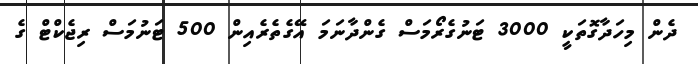
ދެން މިހަދާގޮތަކީ 3000 ޓަނުގެރޯމަސް ގެންދާނަމަ އޭގެތެރެއިން 500 ޓަނުމަސް ރިޖެކްޓް ގެ